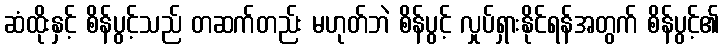
ဆံထိုးနှင့် စိန်ပွင့်သည် တဆက်တည်း မဟုတ်ဘဲ စိန်ပွင့် လှုပ်ရှားနိုင်ရန်အတွက် စိန်ပွင့်၏